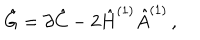
\hat { G } = \partial \hat { C } - 2 \hat { H } ^ { ( 1 ) } \hat { A } ^ { ( 1 ) } \, ,